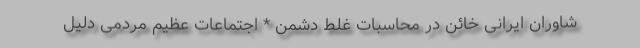
شاوران ایرانی خائن در محاسبات غلط دشمن * اجتماعات عظیم مردمی دلیل